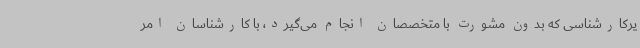
یرکارشناسی که بدون مشورت با متخصصان انجام می‌گیرد، با کارشناسان امر